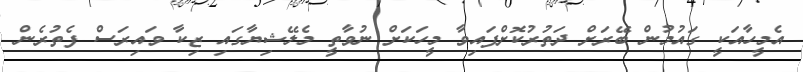
އެމީހާއަކީ ގައުމުން ބޭރަށް ދަތުރުކޮށްފައިވާ މީހަކަށް ނުވާތީ މެލޭޝިޔާގައި ޒިކާ ވައިރަސް ފެތުރެން